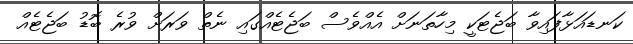
ކަނޑައަޅާފައިވާ ބަޖެޓަކީ މިހާތަނަށް އެއްވެސް ބަޖެޓެއްގައި ނެތް ވަރަށް ވުރެ ބޮޑު ބަޖެޓެއް